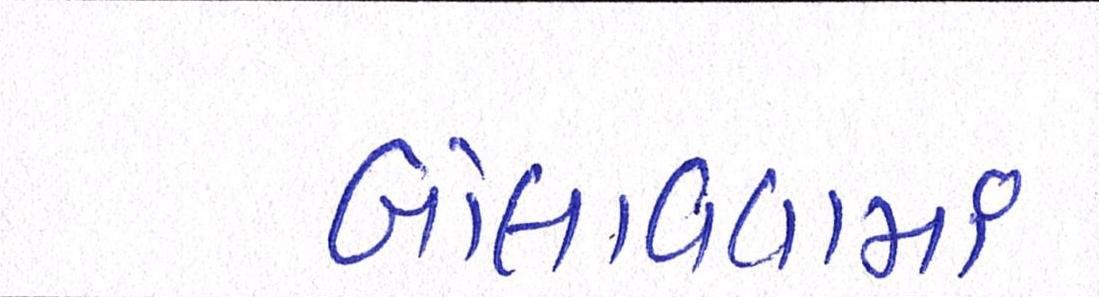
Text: બોલાવવામાં